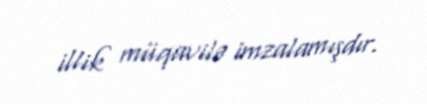
illik müqavilə imzalamışdır.